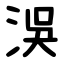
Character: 洖